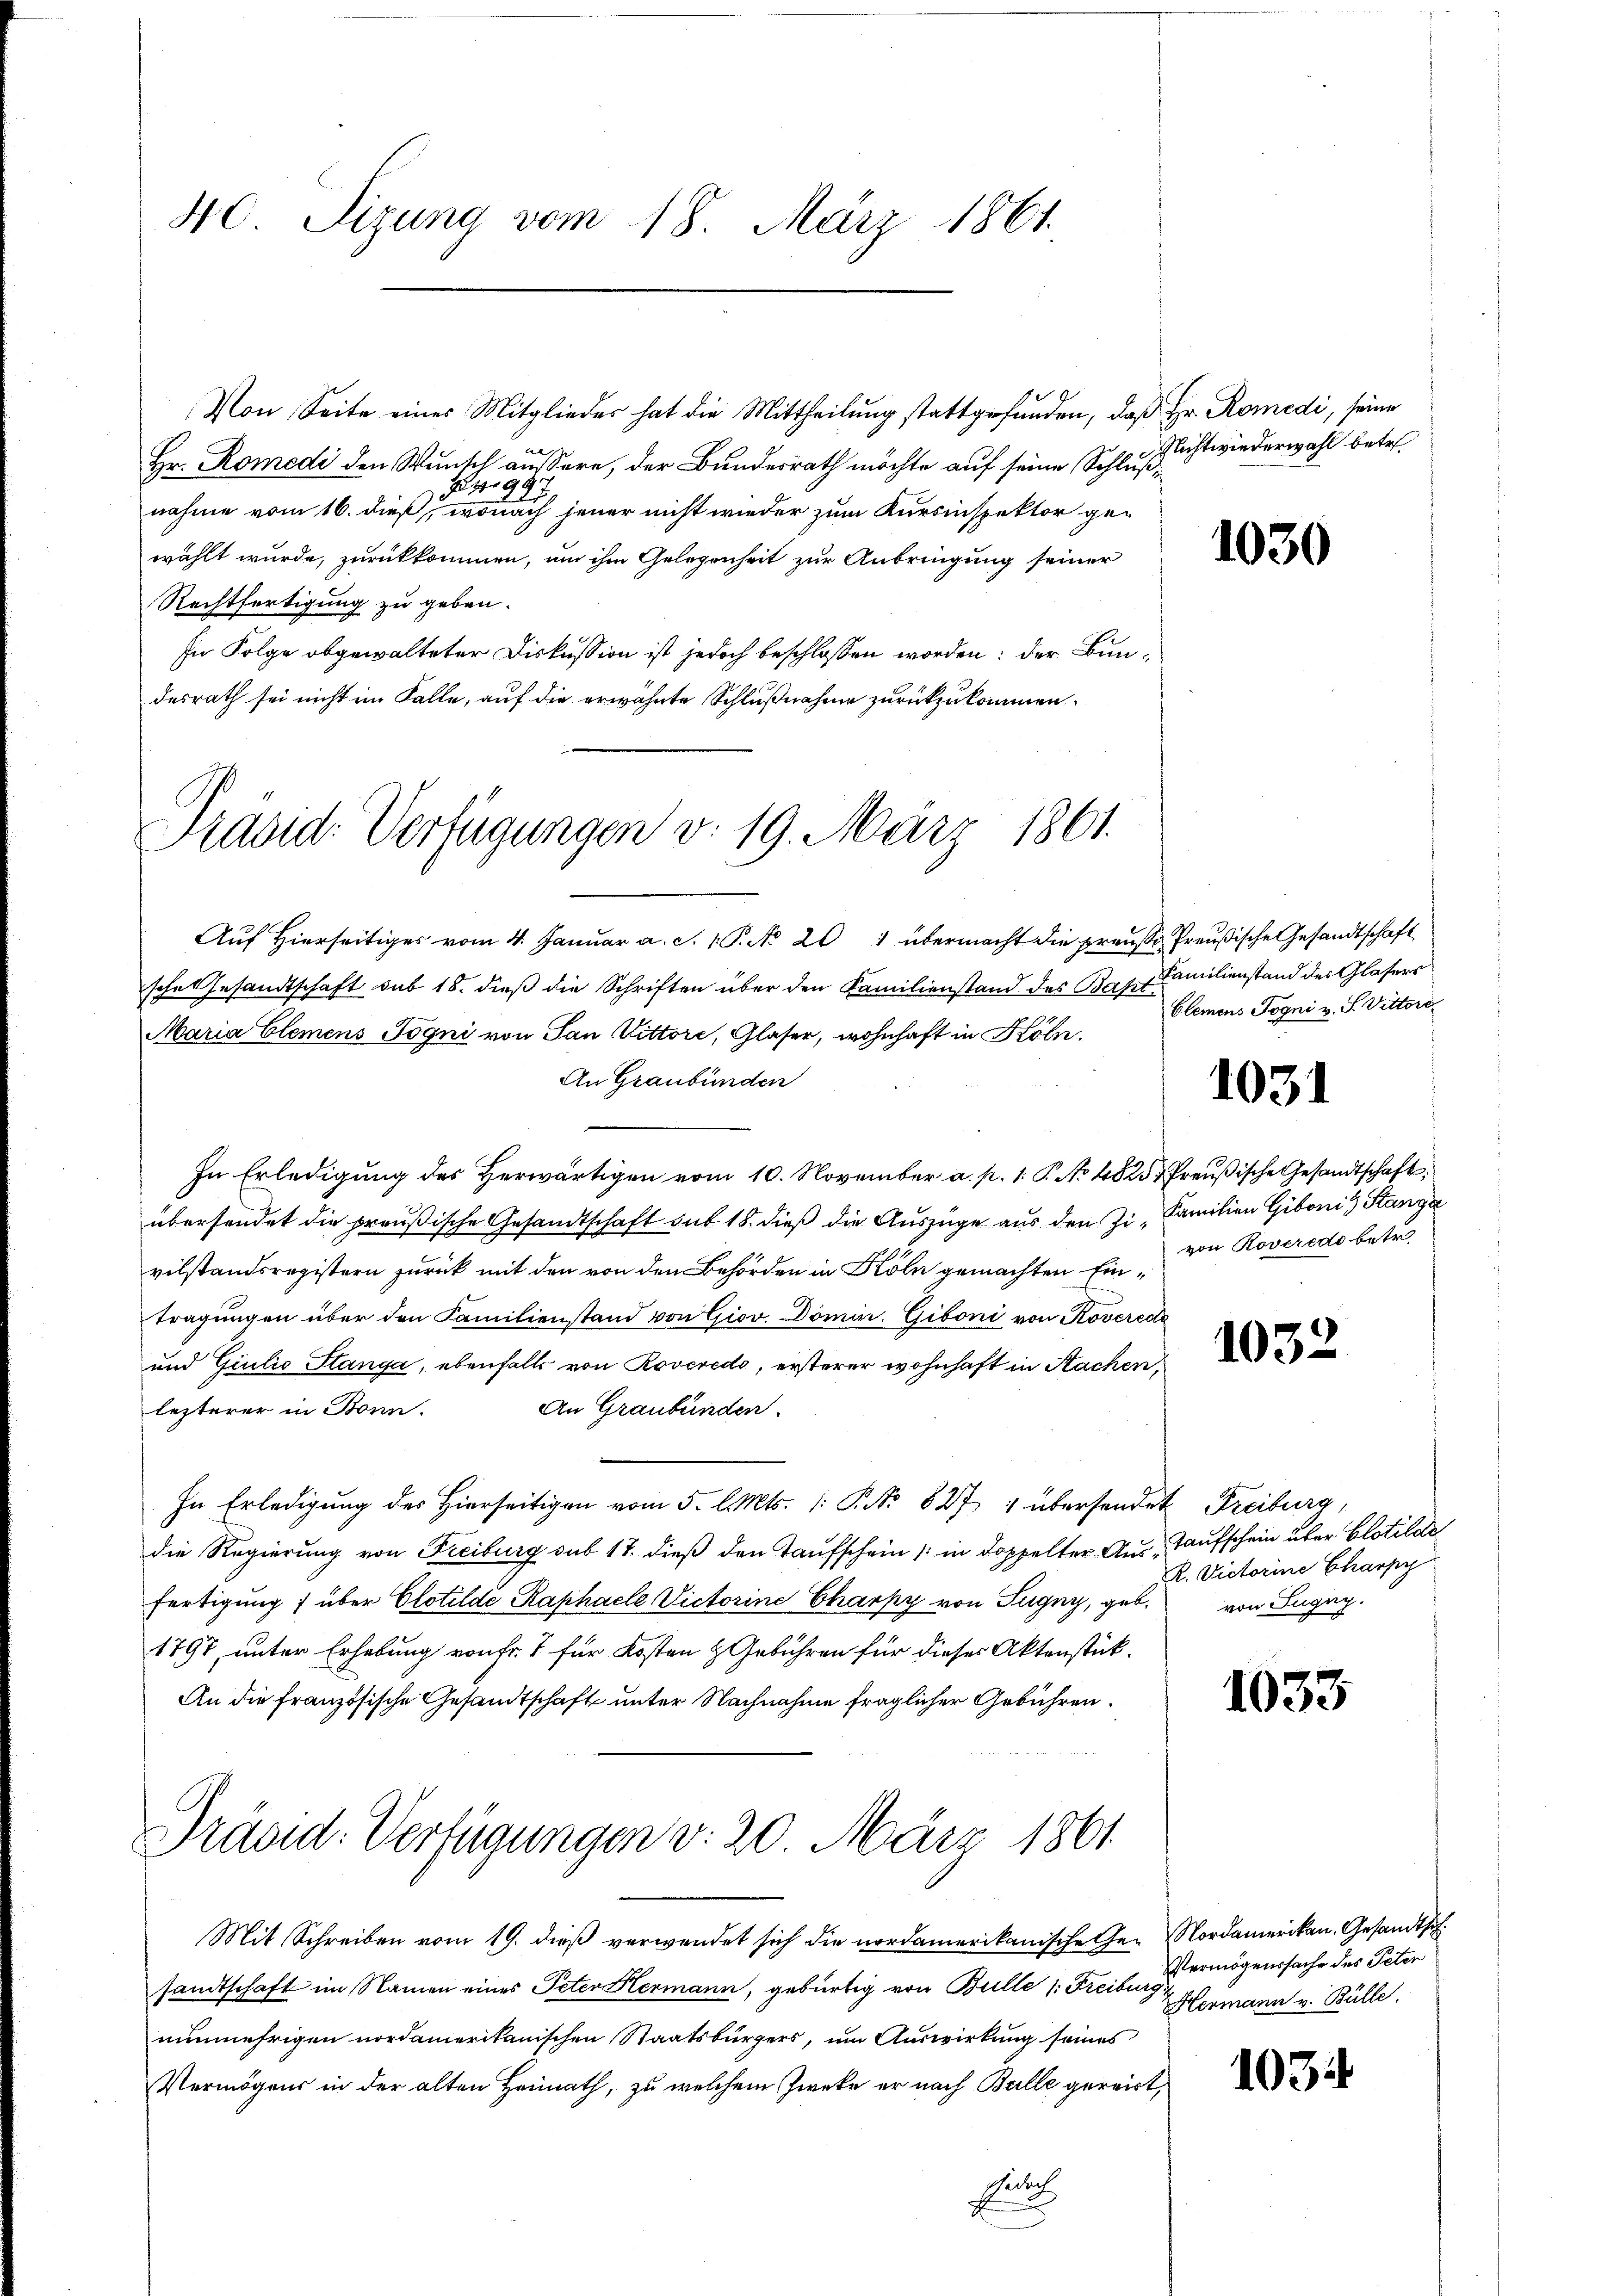
40. Sizung vom 18. März 1861.

Von Seite eines Mitglieder hat die Mittheilung stattgefunden, daß Hr. Romedi, seine

Hr. Romedi den Wunsch äussere, der Bundesrath möchte auf seine Schluß¬
4997
nahme vom 16. dieß, wonach jener nicht wieder zum Kursinspektor gewählt wurde, zurückkommen, um ihm Gelegenheit zur Anbringung seiner
Rechtfertigung zu geben.
In Folge abgewalteter Diskussion ist jedoch beschlossen worden: der Bundesrath sei nicht im Falle, auf die erwähnte Schlußnahme zurückzukommen.
Auf Hierseitiges vom 4. Januar a. S. 1. P. No 201 übermacht die preusse Preußische Gesandtschaft
sche Gesandtschaft sub 18. dieß die Schriften über den Familienstand des Bapt
Maria Elemens Fogni von San Vittore, Glaser, wohnhaft in Köln.
An Graubünden
In Erledigŭng des herwärtigen vom 10. November a. p. 1. P. No 4825 Preußische Gesandtschaft,
übersendet die preußische Gesandtschaft sub 18. dieß die Auszüge aus den Zi- Familien Gibonis Stanga
vilstandsregistern zurück mit den von den Behörden in Köln gemachten Eintragungen über den Familienstand von Giov. Domin. Giboni von Roveredi
und Giulio Stanga, ebenfalls von Roveredo, ersterer wohnhaft in Sachen
An Graubünden.
lezterer in Bonn.
In Erledigung des Hierseitigen vom 5. l. Mts. (: P. Nr. 827 4 übersendet Freiburg,
die Regierung von Freiburg sub 17. dieß den Taufschein / in doppelter Aus Taufschein über Clotilde
fertigung über Clotilde Raphaele Victorine Charpy von Tugny, geb. von Lugag.
1797, unter Erhebung von fr. 7 für Kosten & Gebühren für dieses Aktenstük¬
An die französische Gesandtschaft unter Nachnahme fraglicher Gebühren.
Präsid. Verfügungen v. 20. März 1861
Mit Schreiben vom 19. dieß verwendet sich die nordamerikanische Ge- Nordamerikan. Gesandtsch
sandtschaft im Namen eines Peter Hermann, gebürtig von Bulle (: Freiburg
nunmehrigen nordamerikanischen Staatsbürgers, um Auswirkung seines
Vermögens in der alten Heimath, zu welchem Zweke er nach Bulle gereist,
Eulach

Präsid. Verfügungen v. 19. März 1861.

Nichtwiederwahl betr

1030

Familienstand des Glasers
Clemens Pogni v. J. Vittore

1031

von Roveredo betr.

1032

R. Victorine Charpy

1033

Vermögenssache des Peten
Hermann v. Bülle.

1034